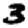
Digit: 3